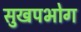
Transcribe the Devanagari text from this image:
सुखपभोग